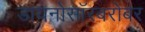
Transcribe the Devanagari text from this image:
डायनोसॉरबरोबर